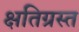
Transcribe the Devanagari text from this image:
क्षतिग्रस्‍त